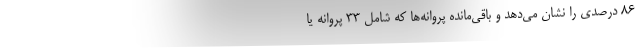
۸۶ درصدی را نشان می‌دهد و باقی‌مانده پروانه‌ها که شامل ۳۳ پروانه یا